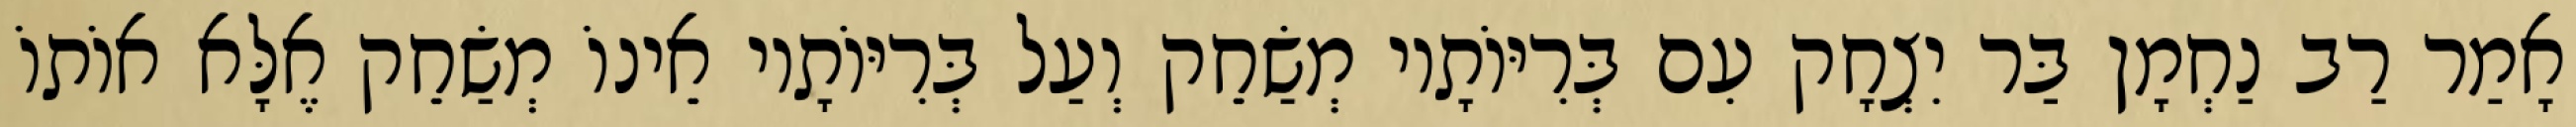
אָמַר רַב נַחְמָן בַּר יִצְחָק עִם בְּרִיּוֹתָיו מְשַׂחֵק וְעַל בְּרִיּוֹתָיו אֵינוֹ מְשַׂחֵק אֶלָּא אוֹתוֹ